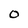
Character: 0